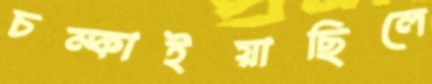
চম্‌কাইয়াছিলে